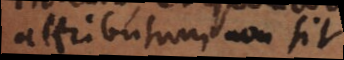
attributum non sit